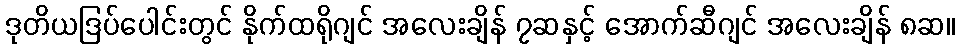
ဒုတိယဒြပ်ပေါင်းတွင် နိုက်ထရိုဂျင် အလေးချိန် ၇ဆနှင့် အောက်ဆီဂျင် အလေးချိန် ၈ဆ။